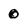
Character: 0